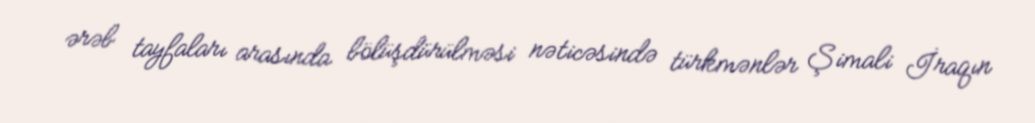
ərəb tayfaları arasında bölüşdürülməsi nəticəsində türkmənlər Şimali İraqın